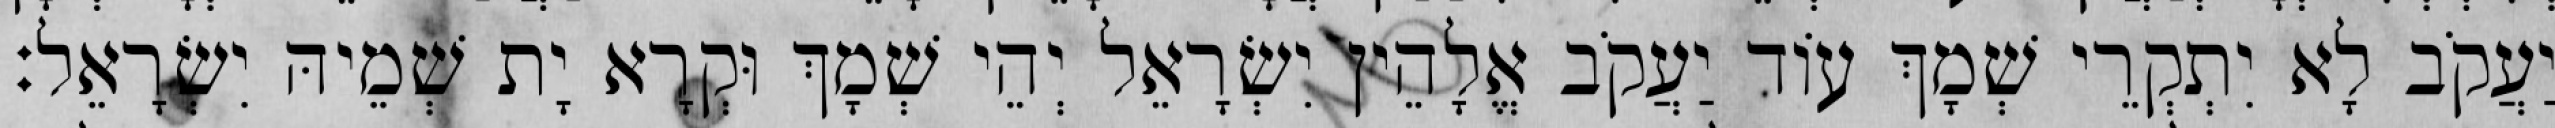
יַעֲקֹב לָא יִתְקְרֵי שְׁמָךְ עוֹד יַעֲקֹב אֱלָהֵין יִשְׂרָאֵל יְהֵי שְׁמָךְ וּקְרָא יָת שְׁמֵיהּ יִשְׂרָאֵל׃